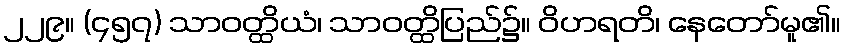
၂၂၉။ (၄၅၇) သာဝတ္ထိယံ၊ သာဝတ္ထိပြည်၌။ ဝိဟရတိ၊ နေတော်မူ၏။